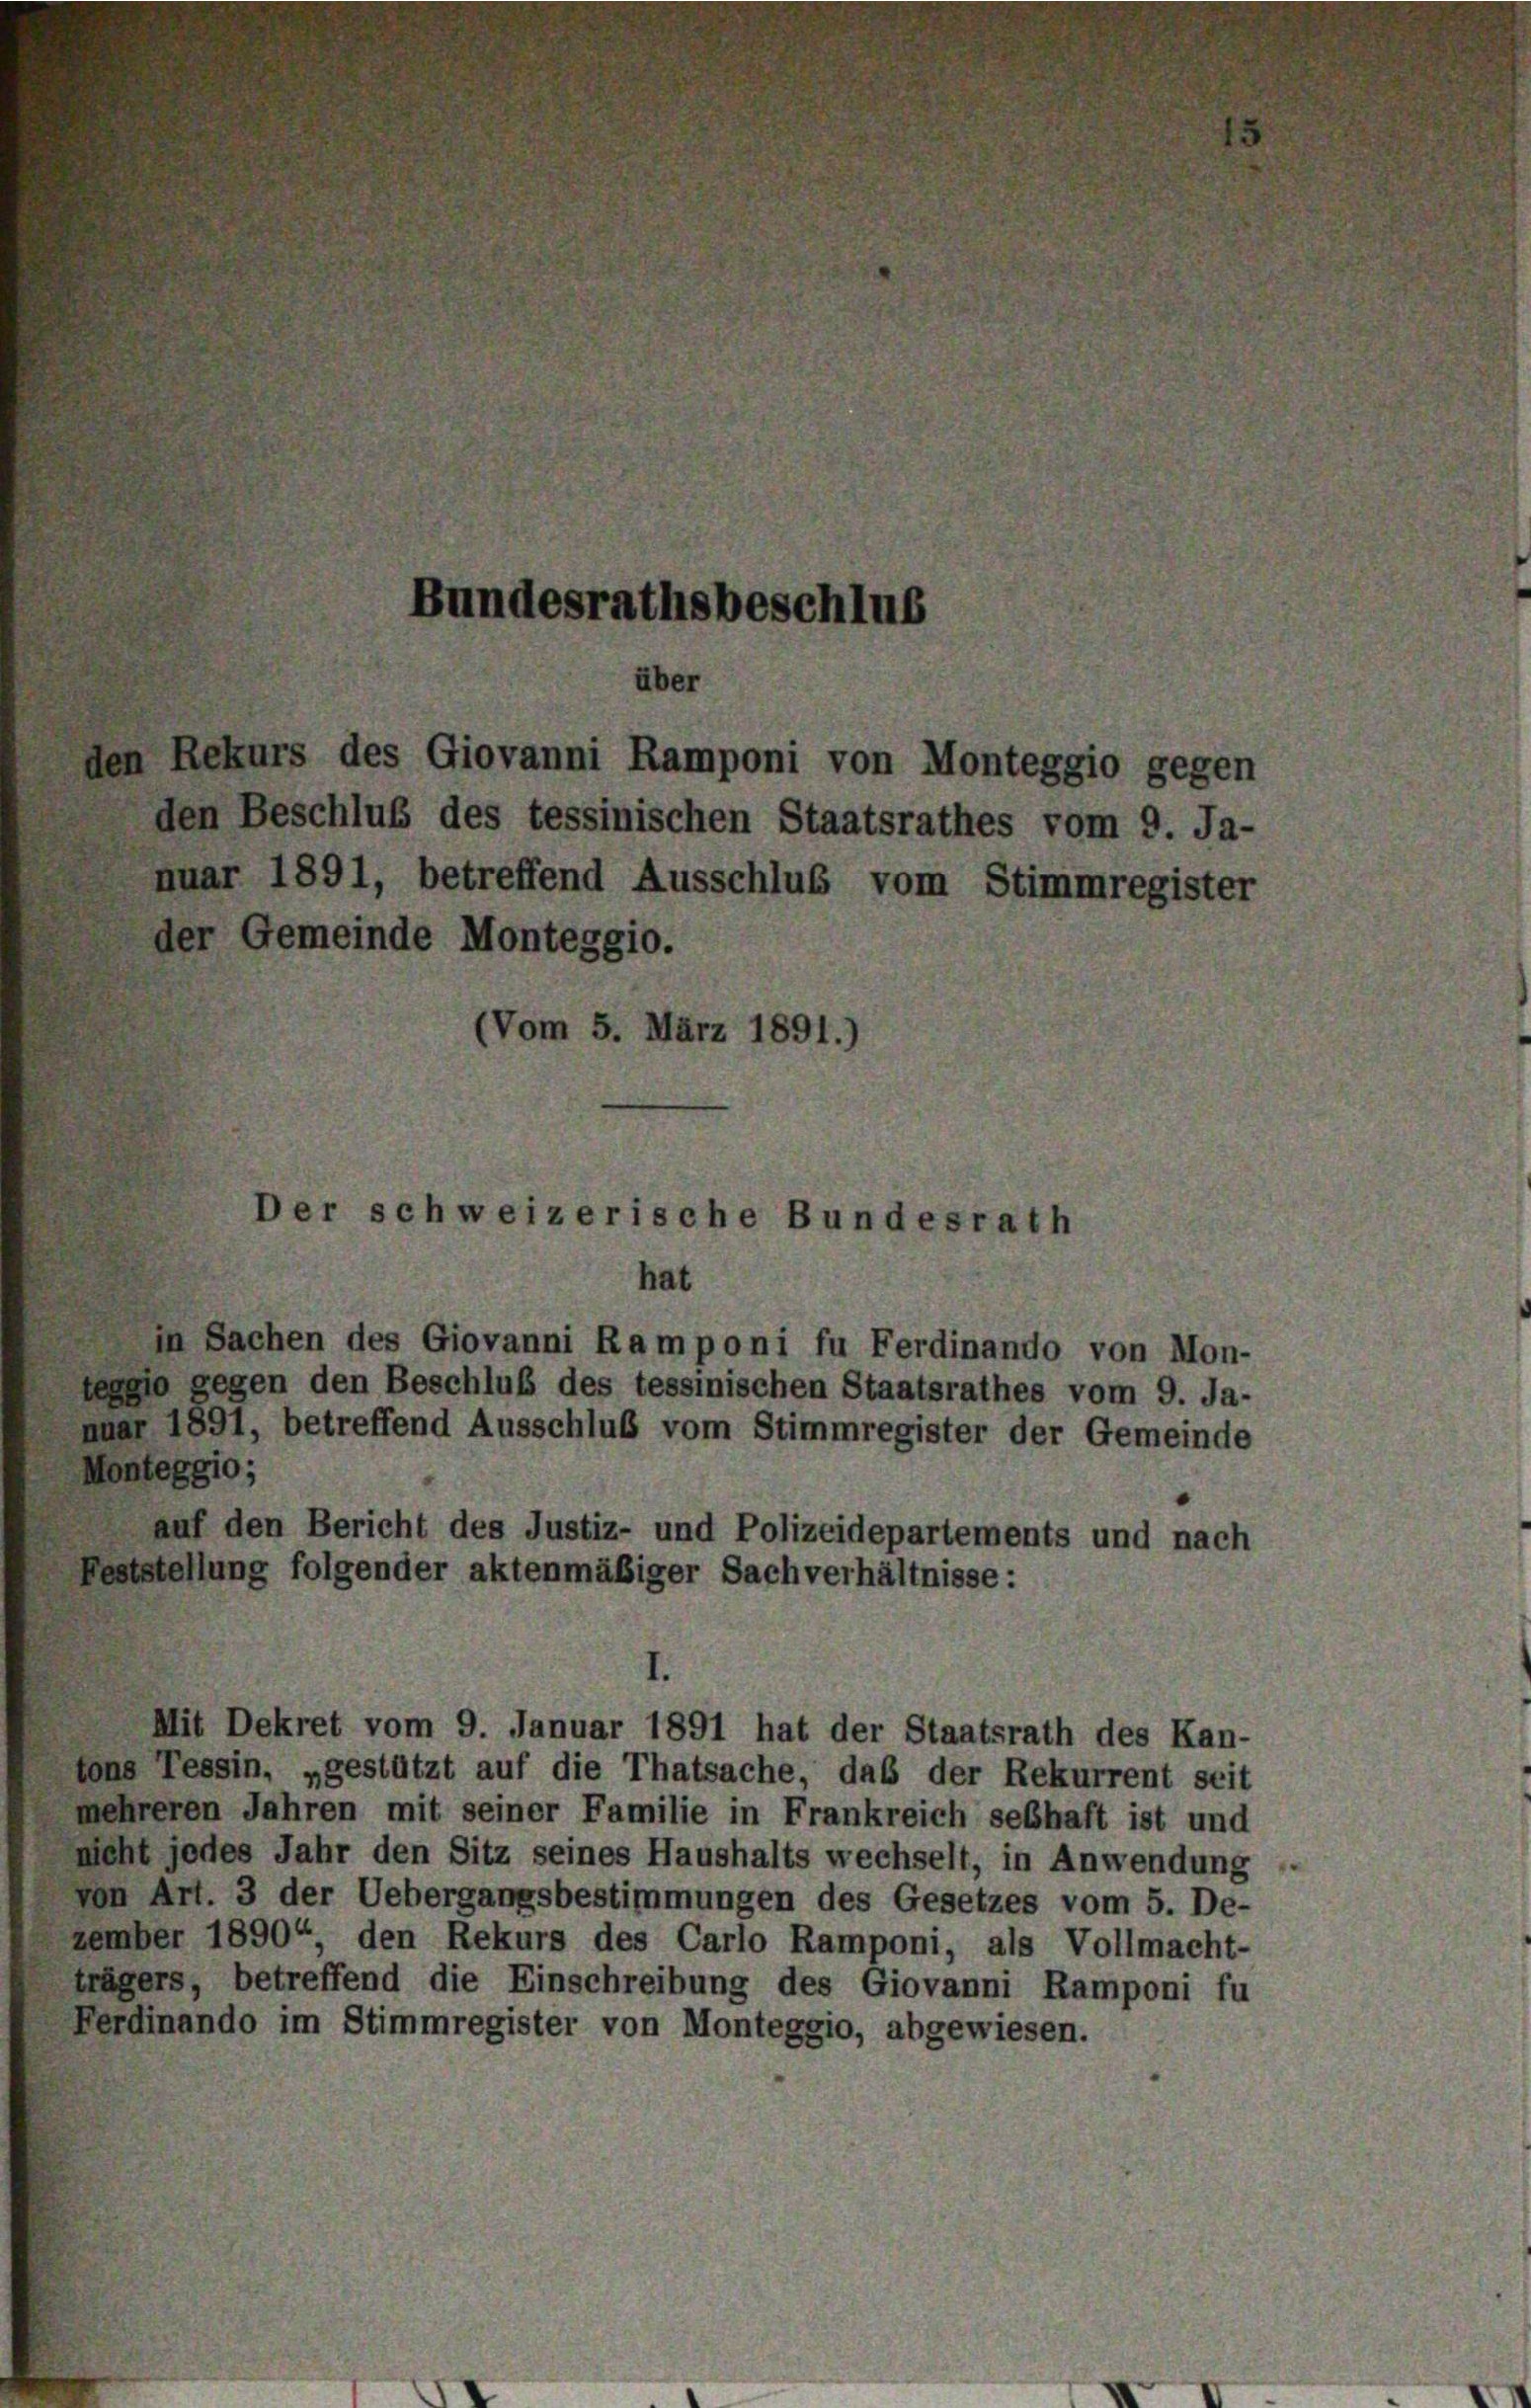
Bundesrathsbeschlus
über
den Rekurs des Giovanni Ramponi von Monteggio gegen
den Beschluß des tessinischen Staatsrathes vom 9. Ja-
nuar 1891, betreffend Ausschluß vom Stimmregister
der Gemeinde Monteggio.
(Vom 5. März 1891.)
Der schweizerische Bundesrath

hat
in Sachen des Giovanni Ramponi fu Ferdinando von Mon-

tessio gegen den Beschluß des tessinischen Staatsrathes vom 9. Ja-
nuar 1891, betreffend Ausschluß vom Stimmregister der Gemeinde
tons Tessin, „gestützt auf die Thatsache, das der Rekurrent seit
mehreren Jahren mit seiner Familie in Frankreich seßhaft ist und
meht jedes Jahr den Sitz seines Haushalts wechselt, in Anwendung
Von Art. 3 der Uebergangsbestimmungen des Gesetzes vom 5. De-
zember 1890“, den Rekurs des Carlo Ramponi, als Vollmacht-
trägers, betreffend die Einschreibung des Giovanni Ramponi fu
Ferdinando im Stimmregister von Monteggio, abgewiesen.

Monteggio;
auf den Bericht des Justiz- und Polizeidepartements und nach
Feststellung folgender aktenmäßiger Sachverhältnisse:
Mit Dekret vom 9. Januar 1891 hat der Staatsrath des Kan-